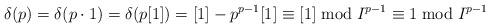
LaTeX: \begin{align*}\delta(p) &= \delta(p\cdot1) =\delta(p[1]) =[1]-p^{p-1}[1] \equiv [1] \bmod I^{p-1} \equiv 1 \bmod I^{p-1}\end{align*}